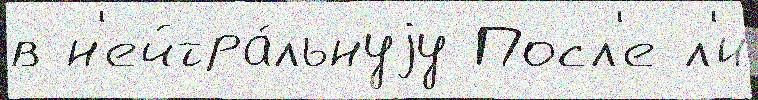
в н'ейтра́льнуjу Посл'е л'и